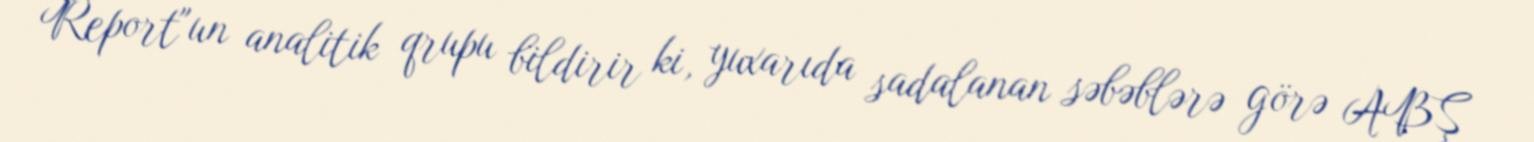
Report"un analitik qrupu bildirir ki, yuxarıda sadalanan səbəblərə görə ABŞ